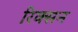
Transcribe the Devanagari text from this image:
रिक्सन